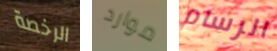
الرخصة موارد الرسام